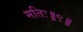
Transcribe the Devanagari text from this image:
मतिः॥९॥